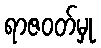
ရာဇဝတ်မှု